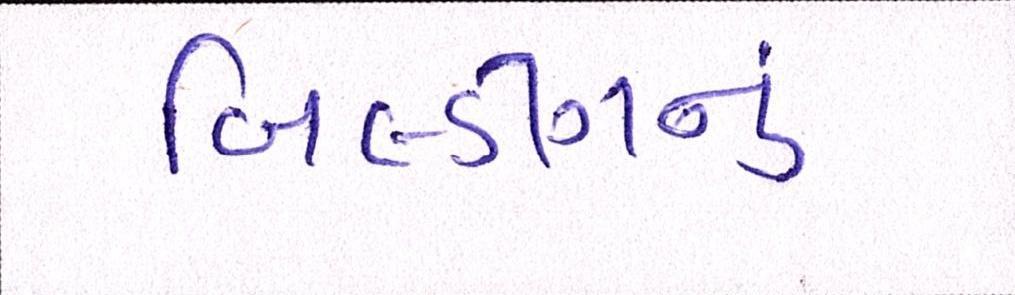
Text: બિલ્ડીંગનું